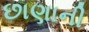
છાણાની